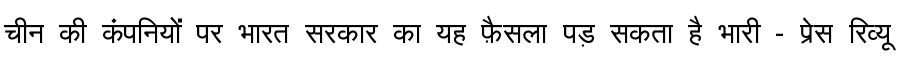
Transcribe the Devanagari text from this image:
चीन की कंपनियों पर भारत सरकार का यह फ़ैसला पड़ सकता है भारी - प्रेस रिव्यू